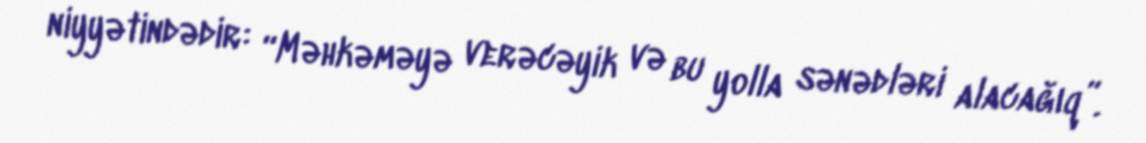
niyyətindədir: “Məhkəməyə verəcəyik və bu yolla sənədləri alacağıq”.